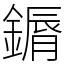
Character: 䥎